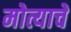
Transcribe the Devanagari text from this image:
मोत्याचे